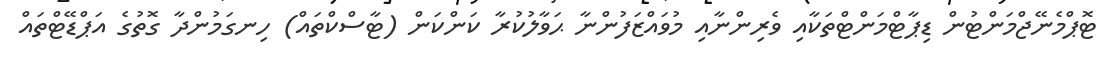
ޓޮޕްމެނޭޖްމަންޓުން ޑިޕާޓްމަންޓްތަކާއި ވެރިންނާއި މުވައްޒަފުންނާ ޙަވާލުކުރާ ކަންކަން (ޓާސްކްތައް) ހިނގަމުންދާ ގޮތުގެ އަޕްޑޭޓްތައް